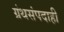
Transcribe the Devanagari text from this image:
ग्रंथसंपदाही